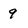
Character: 9